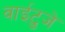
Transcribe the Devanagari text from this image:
वाईटुजे